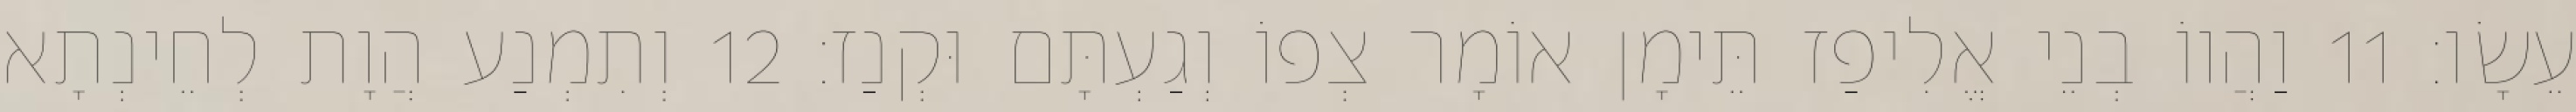
עֵשָׂו׃ 11 וַהֲווֹ בְנֵי אֱלִיפַז תֵּימָן אוֹמָר צְפוֹ וְגַעְתָּם וּקְנַז׃ 12 וְתִמְנַע הֲוָת לְחֵינְתָא